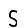
Digit: 5